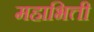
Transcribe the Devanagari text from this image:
महाभित्ती